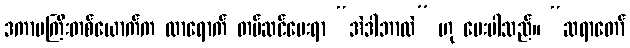
ဒကာမကြီးတစ်ယောက်က လာရောက် တပ်ဆင်ပေးရာ “အဲဒါဘာလဲ” ဟု မေးပါသည်။ “ဆရာတော်